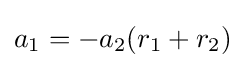
a_{1}=-a_{2}(r_{1}+r_{2})